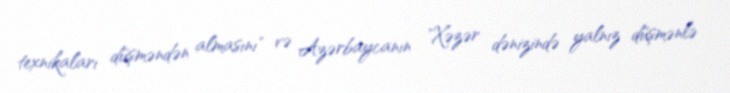
texnikaları düşməndən almasını" və Azərbaycanın "Xəzər dənizində yalnız düşmənlə